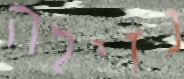
נזילה